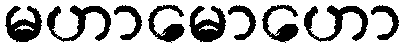
မဟာမောဟော